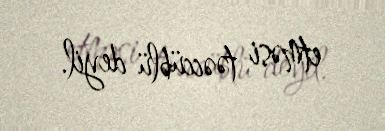
etməsi təəccüblü deyil.